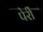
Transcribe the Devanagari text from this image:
पेर्री